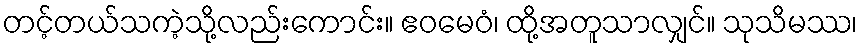
တင့်တယ်သကဲ့သို့လည်းကောင်း။ ဧဝမေဝံ၊ ထို့အတူသာလျှင်။ သုသိမဿ၊